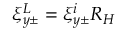
\xi _ { y \pm } ^ { L } = \xi _ { y \pm } ^ { i } R _ { H }